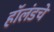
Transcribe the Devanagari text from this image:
हॉलंडचे